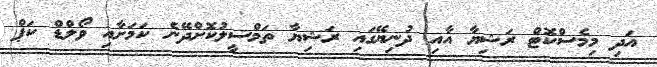
އަދި މިމެސްކޮޓް ރަޝިޔާ އާއި ދުނިޔޭގައި ރަޝިޔާ ތަމްސީލުކޮށްދޭނެ ކަމަށާއި ވޯލްޑް ކަޕް